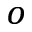
_ o